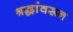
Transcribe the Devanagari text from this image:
श्रद्धांवरून